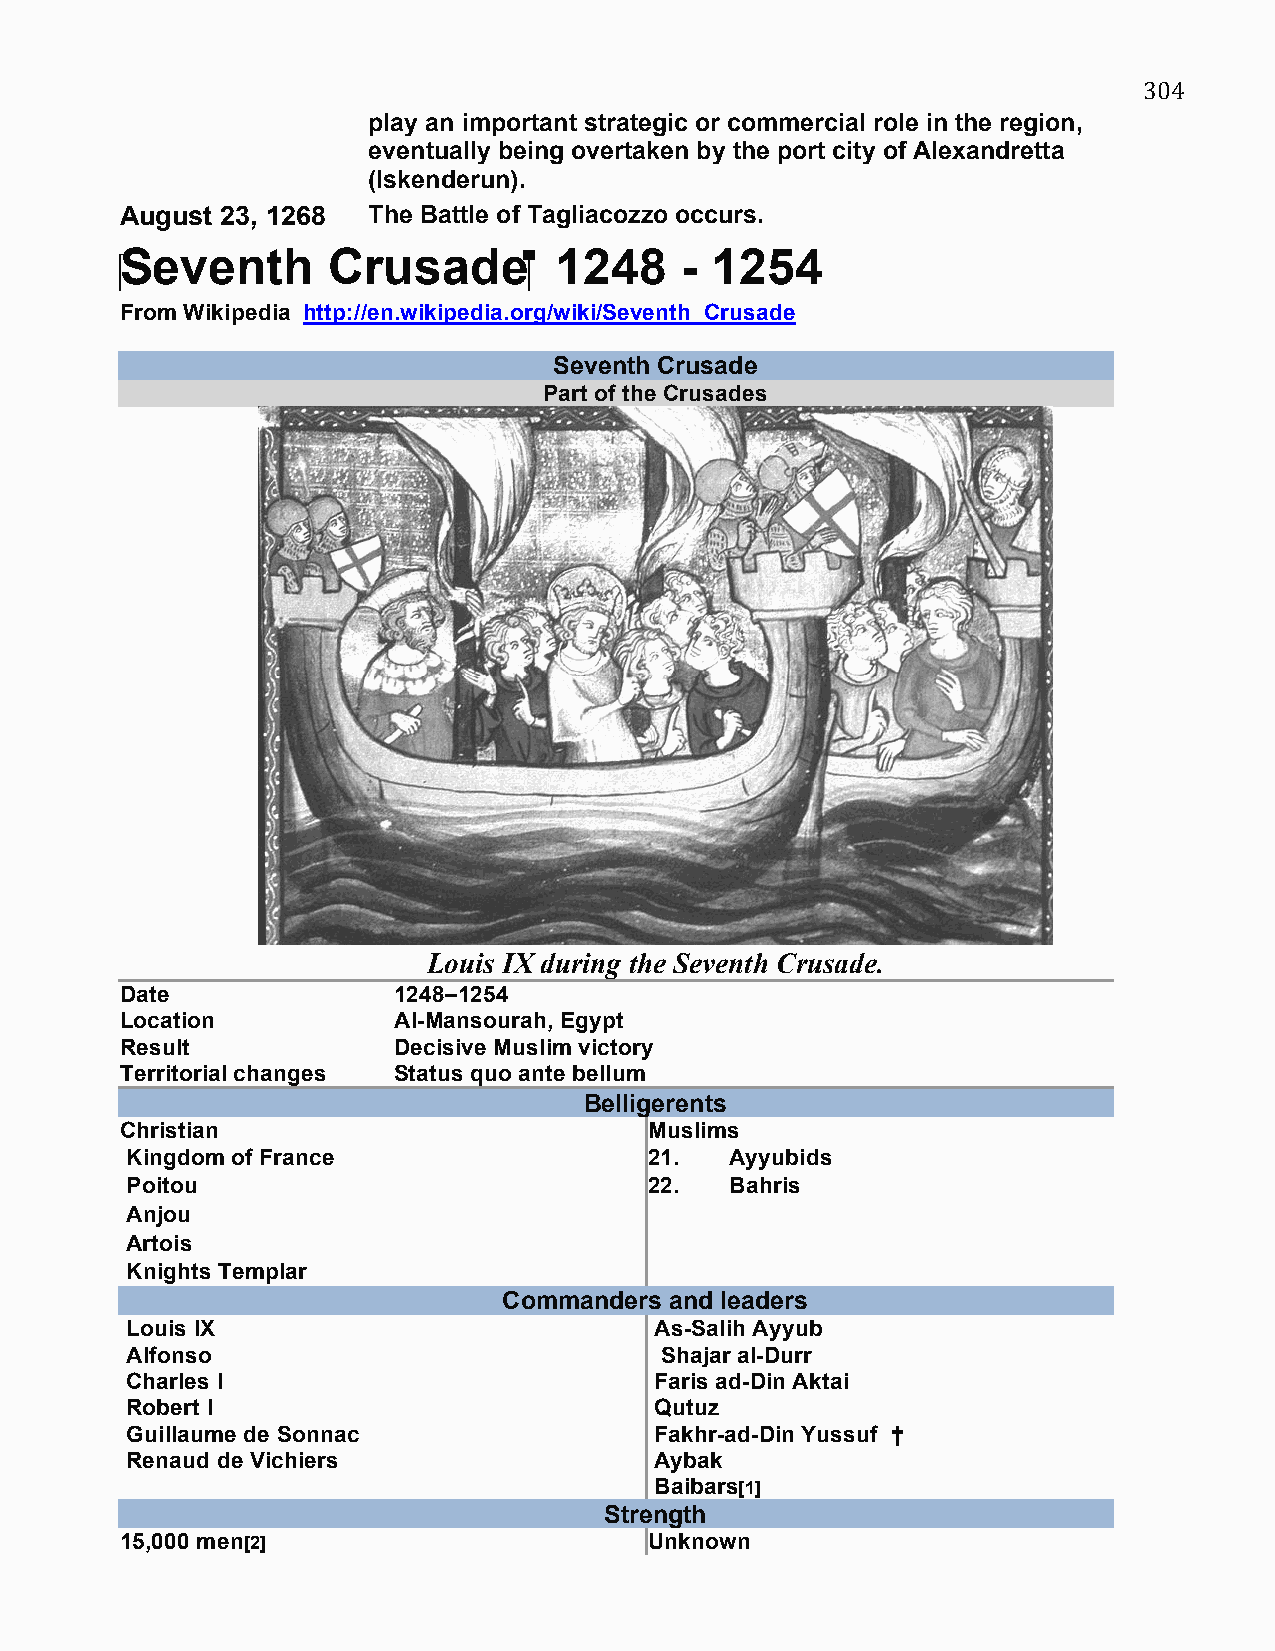
304
 play an important strategic or commercial role in the region,
 eventually being overtaken by the port city of Alexandretta
 (Iskenderun).
 August 23, 1268 The Battle of Tagliacozzo occurs.
 ‪Seventh      Crusade      ‬ 1248    - 1254
 From Wikipedia http://en.wikipedia.org/wiki/Seventh_Crusade
 Seventh Crusade
 Part of the Crusades
 Louis IX during the Seventh Crusade.
 Date              1248–1254
 Location          Al-Mansourah, Egypt
 Result            Decisive Muslim victory
 Territorial changes Status quo ante bellum
 Belligerents
 Christian                          Muslims
 Kingdom of France                  21.  Ayyubids
 Poitou                             22.  Bahris
 Anjou
 Artois
 Knights Templar
 Commanders and leaders
 Louis IX                           As-Salih Ayyub
 Alfonso                             Shajar al-Durr
 Charles I                          Faris ad-Din Aktai
 Robert I                           Qutuz
 Guillaume de Sonnac                Fakhr-ad-Din Yussuf †
 Renaud de Vichiers                 Aybak
 Baibars[1]
 Strength
 15,000 men[2]                      Unknown
 ▪ 2,400-2,800 knights
 ▪ 5,000 crossbowmen